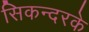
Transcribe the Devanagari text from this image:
सिकन्दरके